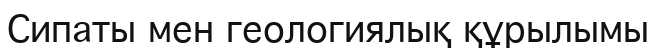
Сипаты мен геологиялық құрылымы